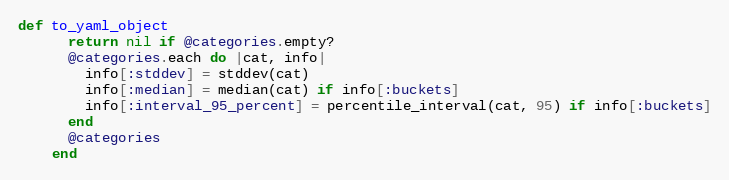
Language: Ruby
def to_yaml_object
      return nil if @categories.empty?
      @categories.each do |cat, info|
        info[:stddev] = stddev(cat)
        info[:median] = median(cat) if info[:buckets]
        info[:interval_95_percent] = percentile_interval(cat, 95) if info[:buckets]
      end
      @categories
    end